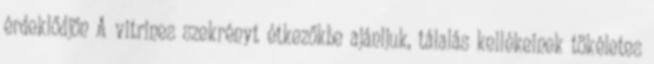
érdeklődjön A vitrines szekrényt étkezőkbe ajánljuk, tálalás kellékeinek tökéletes